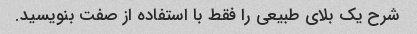
شرح یک بلای طبیعی را فقط با استفاده از صفت بنویسید.